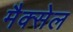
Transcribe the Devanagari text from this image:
मैक्सेल